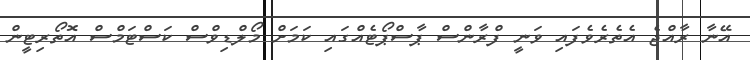
އޭނާ ރާއްޖެ އެތެރެވެފައި ވަނީ ފްރާންސް ޕާސްޕޯޓެއްގައި ކަމަށް މޯލްޑިވްސް ކަސްޓަމްސް އޮތޯރިޓީން